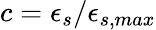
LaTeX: c=\epsilon_{s}/\epsilon_{s,max}